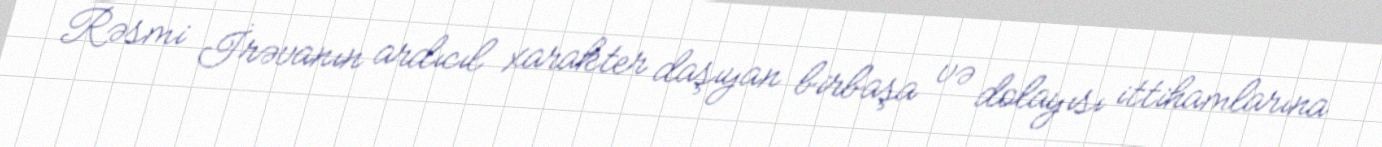
Rəsmi İrəvanın ardıcıl xarakter daşıyan birbaşa və dolayısı ittihamlarına